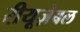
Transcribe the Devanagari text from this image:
रीयूज़ेबल